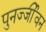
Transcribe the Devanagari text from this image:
पुनर्ज्जीवन